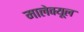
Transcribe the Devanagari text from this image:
मालेक्यूल